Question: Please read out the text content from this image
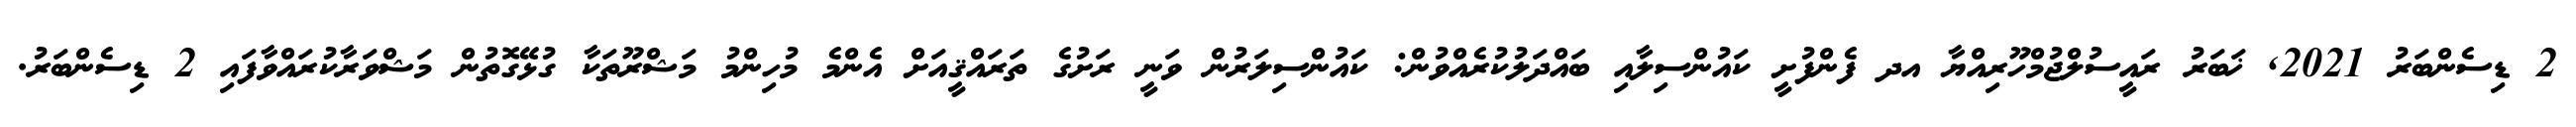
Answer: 2 ޑިސެންބަރު 2021, ޚަބަރު ރައީސުލްޖުމްހޫރިއްޔާ އދ ފެންފުށީ ކައުންސިލާއި ބައްދަލުކުރެއްވުން: ކައުންސިލަރުން ވަނީ ރަށުގެ ތަރައްޤީއަށް އެންމެ މުހިންމު މަޝްރޫތަކާ ގުޅޭގޮތުން މަޝްވަރާކުރައްވާފައި 2 ޑިސެންބަރު.